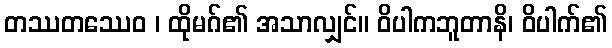
တဿတဿေဝ ၊ ထိုမဂ်၏ အသာလျှင်။ ဝိပါကဘူတာနိ၊ ဝိပါက်၏